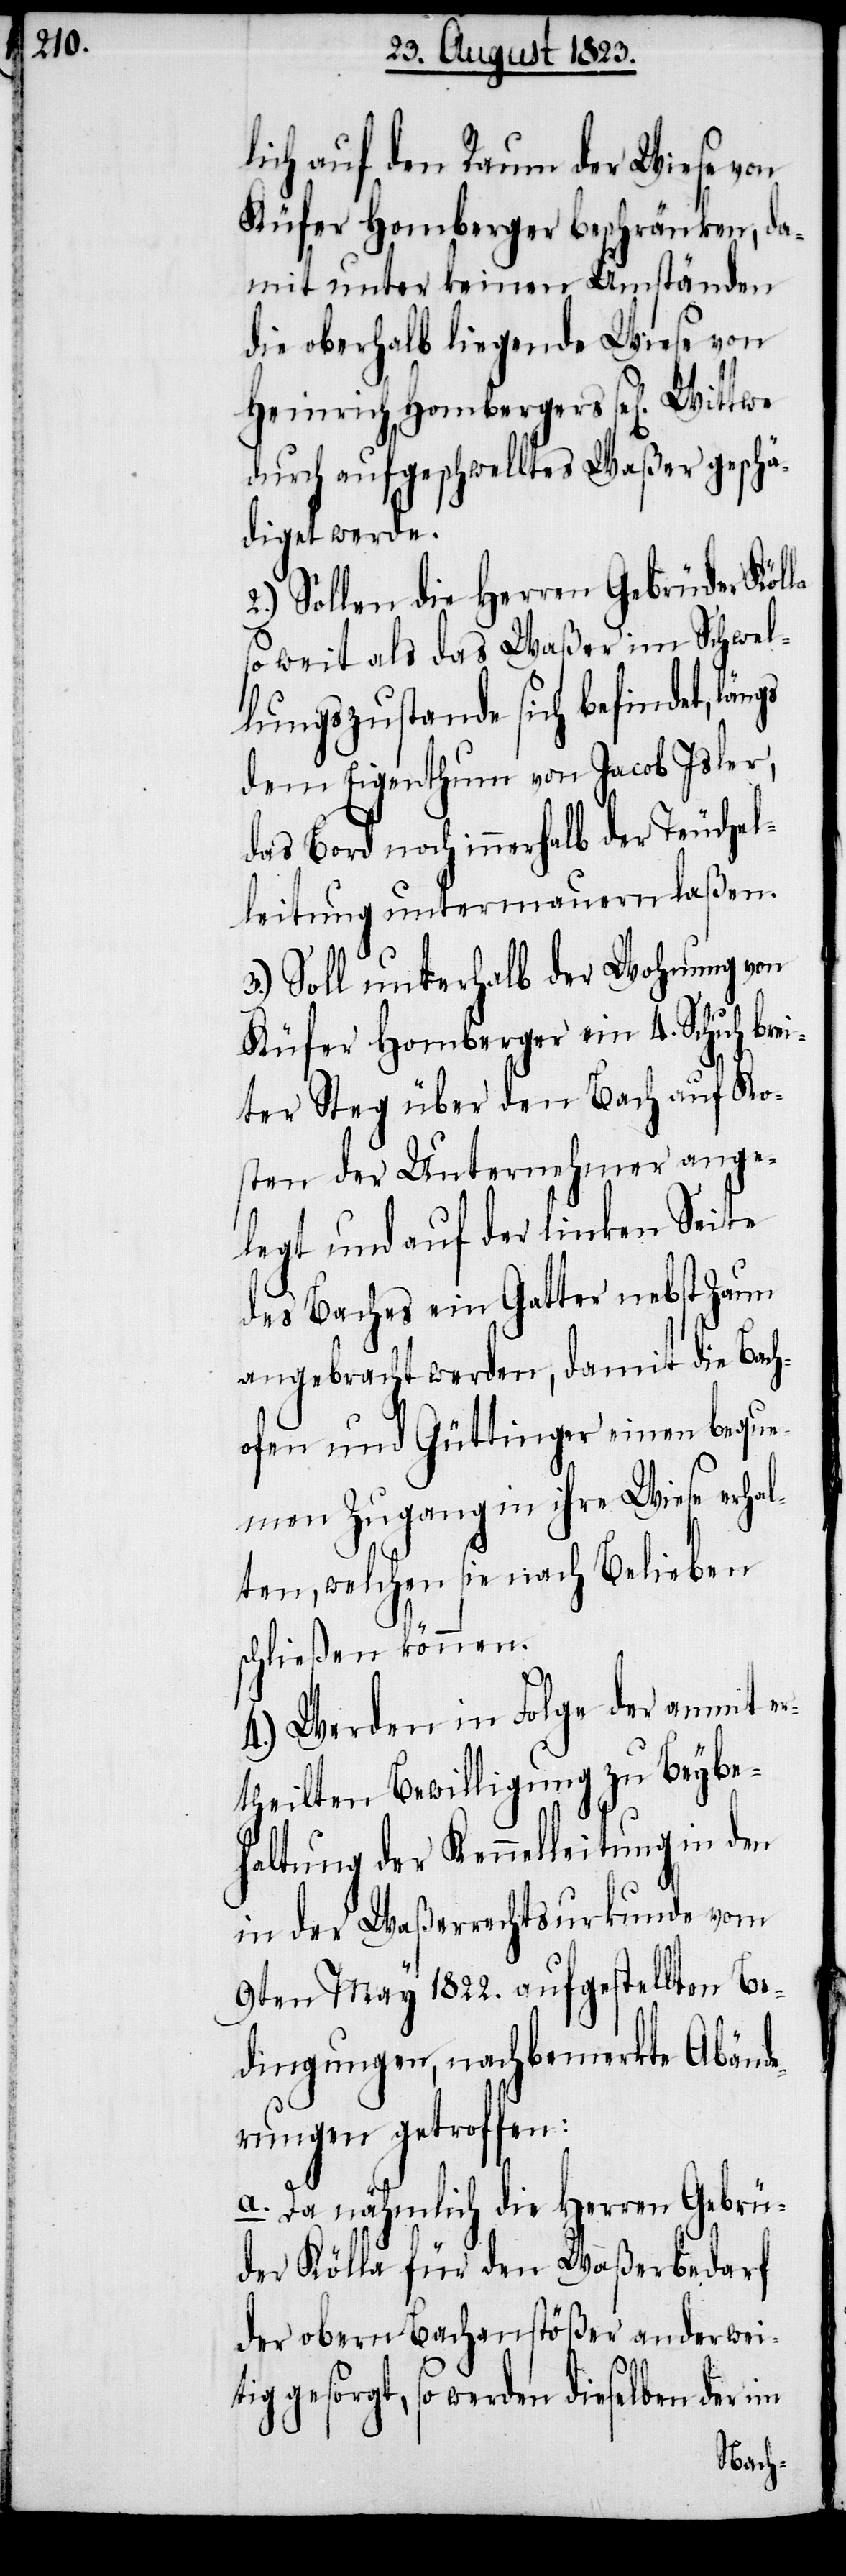
lich auf den Raum der Wiese von
Küfer Homberger beschränken, da¬
mit unter keinen Umständen
die oberhalb liegende Wiese von
Heinrich Hombergers sel[ig] Wittwe
durch aufgeschwelltes Waßer geschä¬
diget werde.
2.) Sollen die Herren Gebrüder Kölla
so weit als das Waßer im Schwel¬
lungszustande sich befindet,
dem Eigenthum von Jacob Isler,
das Bord noch innerhalb der Teuchel¬
leitung untermauern laßen.
3.) Soll unterhalb der Wohnung von
Küfer Homberger ein 4. Schuh brei¬
ter Steg über den Bach auf Ko¬
sten der Unternehmer ange¬
legt und auf der linken Seite
des Baches ein Gatter nebst Zaun
angebracht werden, damit die Bach¬
ofen und Güttinger einen beque¬
men Zugang in ihre Wiese erhal¬
ten, welchen sie nach Belieben
schließen können.
4.) Werden in Folge der anmit e¬
rtheilten Bewilligung zu Beybe¬
haltung der Kennelleitung in den
in der Waßerrechtsurkunde vom
9ten May 1822. aufgestellten Be¬
dingungen, nachbemerkte Abänd¬
erungen getroffen:
a. Da nähmlich die Herren Gebrü¬
der Kölla für den Waßerbedarf
der obern Bachanstößer anderwei¬
tig gesorgt, so werden dieselben der im